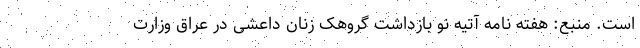
است. منبع: هفته نامه آتیه نو بازداشت گروهک زنان داعشی در عراق وزارت